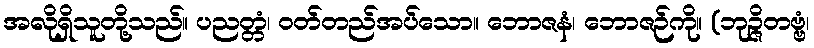
အလိုရှိသူတို့သည်။ ပညတ္တံ၊ ဝတ်တည်အပ်သော။ ဘောဇနံ၊ ဘောဇဉ်ကို။ (ဘုဉ္ဇိတဗ္ဗံ၊